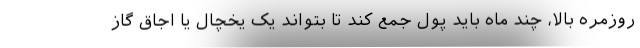
روزمره بالا، چند ماه باید پول جمع کند تا بتواند یک یخچال یا اجاق گاز